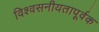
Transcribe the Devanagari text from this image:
विश्वसनीयतापूर्वक